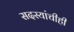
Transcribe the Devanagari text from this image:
सदस्यांचीही